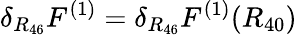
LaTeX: \delta_{R_{46}}F^{(1)}=\delta_{R_{46}}F^{(1)}(R_{40})